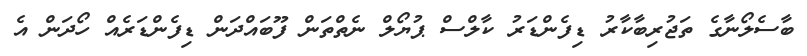
ބާސެލޯނާގެ ތަޖުރިބާކާރު ޑިފެންޑަރު ކާލްސް ޕުޔޯލް ނެތްތަން ފޫބައްދަން ޑިފެންޑަރެއް ހޯދަން އެ